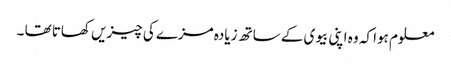
معلوم ہوا کہ وہ اپنی بیوی کے ساتھ زیادہ مزے کی چیزیں کھاتا تھا ۔